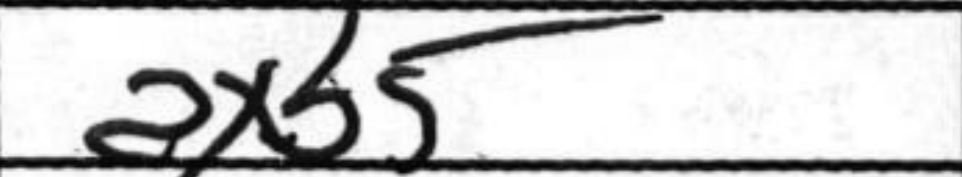
Transcription: axb5